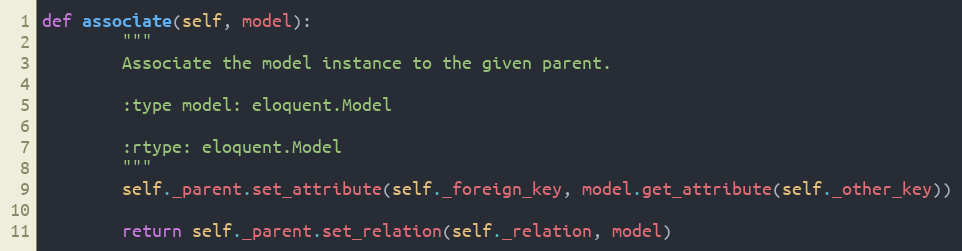
Language: Python
def associate(self, model):
        """
        Associate the model instance to the given parent.

        :type model: eloquent.Model

        :rtype: eloquent.Model
        """
        self._parent.set_attribute(self._foreign_key, model.get_attribute(self._other_key))

        return self._parent.set_relation(self._relation, model)